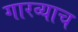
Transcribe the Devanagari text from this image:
गारव्याच